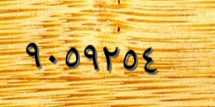
٩٠٥٩٢٥٤